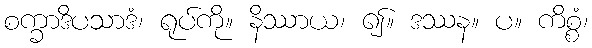
စက္ခာဒိပသာဒံ၊ ရုပ်ကို။ နိဿာယ၊ ၍။ ဒဿန။ ပ။ ကိစ္စံ၊